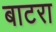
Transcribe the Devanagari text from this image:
बाटरा